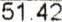
51.42